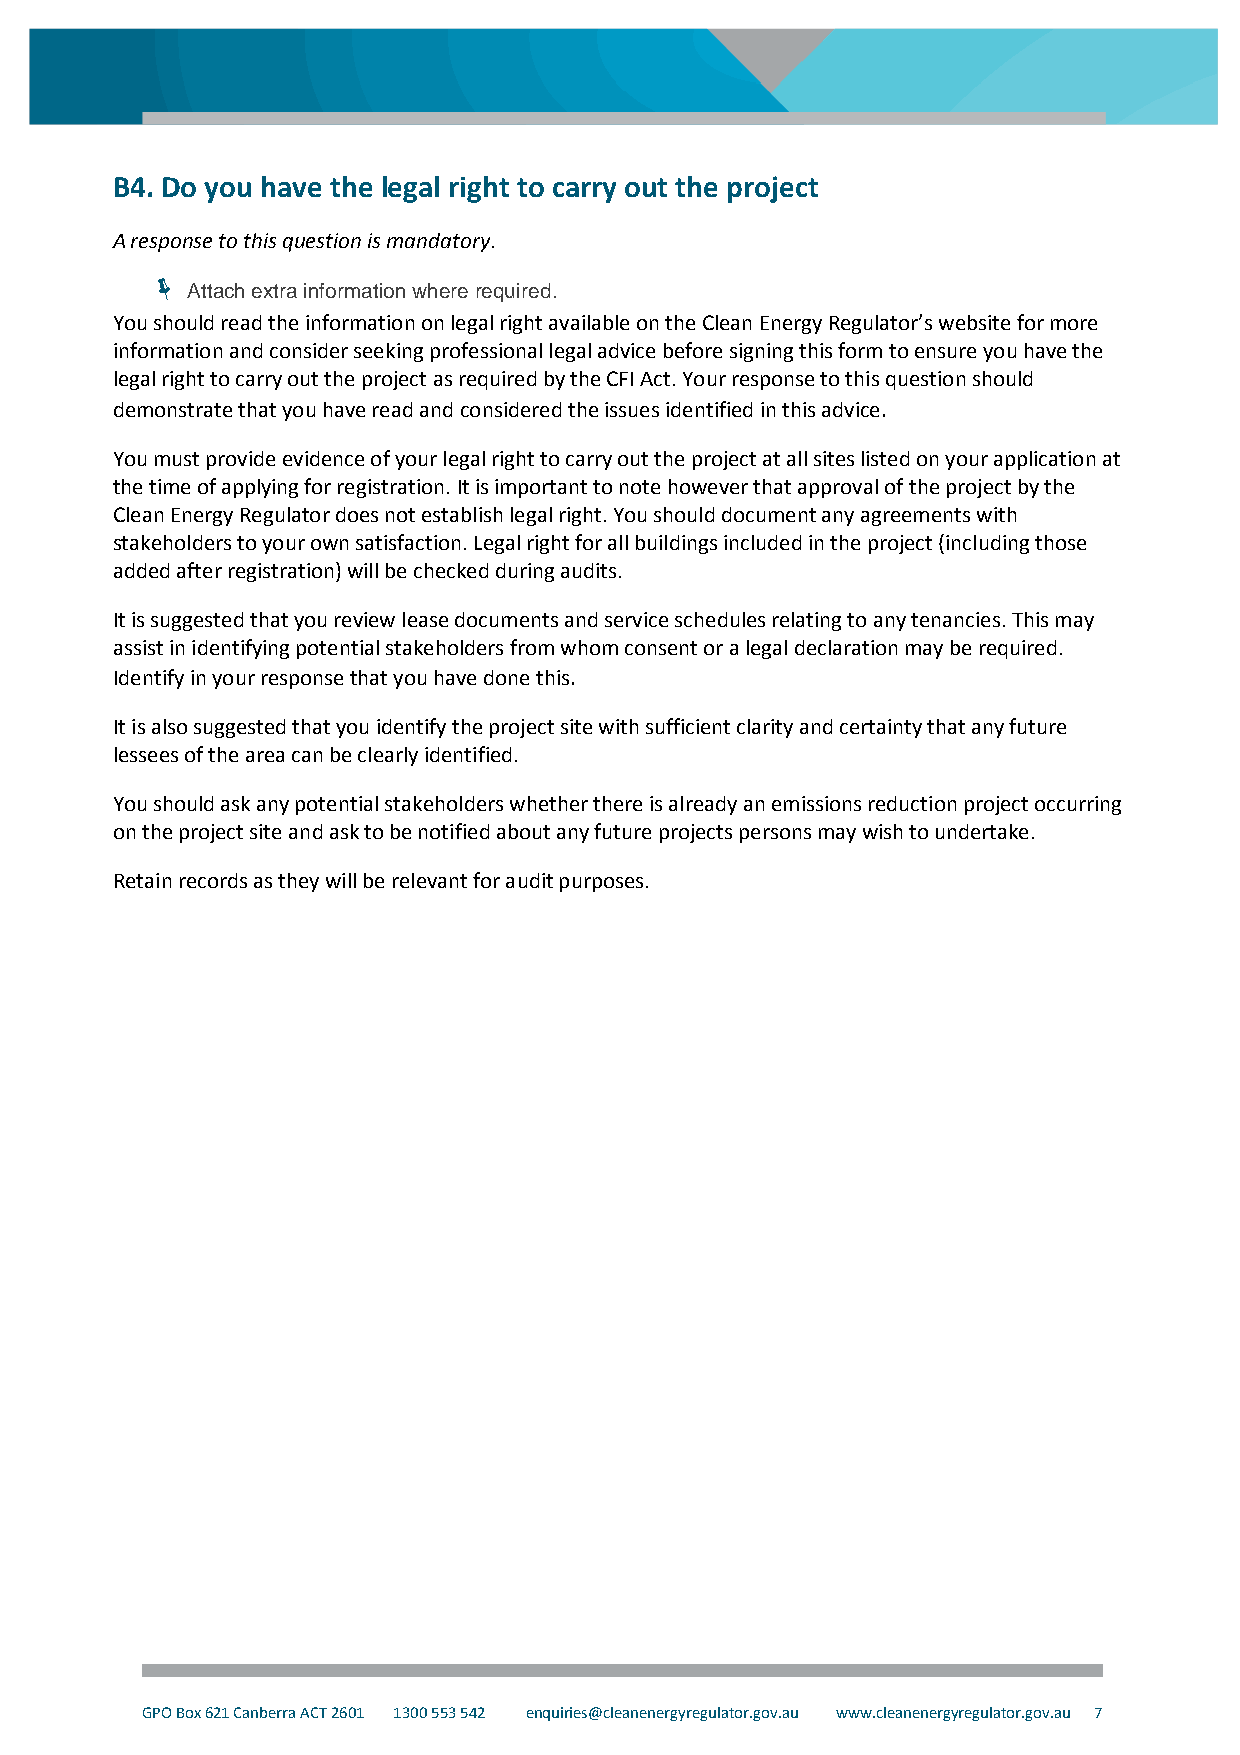
B4. Do you have the legal right to carry out the project
 A response to this question is mandatory.
 
 Attach extra information where required.
 You should read the information on legal right available on the Clean Energy Regulator’s website for more
 information and consider seeking professional legal advice before signing this form to ensure you have the
 legal right to carry out the project as required by the CFI Act. Your response to this question should
 demonstrate that you have read and considered the issues identified in this advice.
 You must provide evidence of your legal right to carry out the project at all sites listed on your application at
 the time of applying for registration. It is important to note however that approval of the project by the
 Clean Energy Regulator does not establish legal right. You should document any agreements with
 stakeholders to your own satisfaction. Legal right for all buildings included in the project (including those
 added after registration) will be checked during audits.
 It is suggested that you review lease documents and service schedules relating to any tenancies. This may
 assist in identifying potential stakeholders from whom consent or a legal declaration may be required.
 Identify in your response that you have done this.
 It is also suggested that you identify the project site with sufficient clarity and certainty that any future
 lessees of the area can be clearly identified.
 You should ask any potential stakeholders whether there is already an emissions reduction project occurring
 on the project site and ask to be notified about any future projects persons may wish to undertake.
 Retain records as they will be relevant for audit purposes.
 GPO Box 621 Canberra ACT 2601 1300 553 542 enquiries@cleanenergyregulator.gov.au www.cleanenergyregulator.gov.au 7